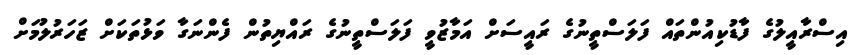
އިސްރާއީލުގެ ފާޑުކިއުންތައް ފަލަސްތީނުގެ ރައީސަށް އަމާޒުވީ ފަލަސްތީނުގެ ރައްޔިތުން ފެންނަގާ ވަޅުތަކަށް ޒަހަރުލުމަށް